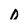
Character: 0